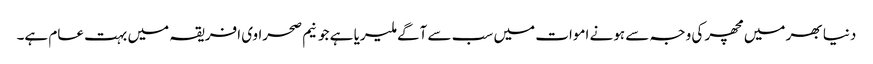
دنیا بھر میں مچھر کی وجہ سے ہونے اموات میں سب سے آگے ملیریا ہے جو نیم صحراوی افریقہ میں بہت عام ہے۔